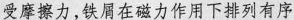
D.轻敲玻璃板，铁屑与玻璃板分离后，不受摩擦力，铁屑在磁力作用下排列有序